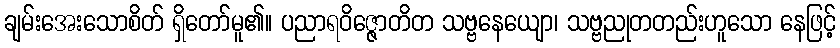
ချမ်းအေးသောစိတ် ရှိတော်မူ၏။ ပညာရဝိဇ္ဇောတိတ သဗ္ဗနေယျော၊ သဗ္ဗညုတတည်းဟူသော နေဖြင့်